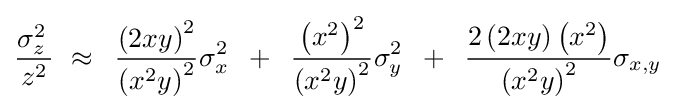
{{\sigma _{z}^{2}\,} \over {z^{2}}}\,\,\approx \,\,\,{{\left({2xy}\right)^{2}} \over {\left({x^{2}y}\right)^{2}}}\sigma _{x}^{2}\,\,\,+\,\,\,{{\left({x^{2}}\right)^{2}} \over {\left({x^{2}y}\right)^{2}}}\sigma _{y}^{2}\,\,\,+\,\,\,{{2\left({2xy}\right)\left({x^{2}}\right)} \over {\left({x^{2}y}\right)^{2}}}\sigma _{x,y}